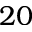
2 0